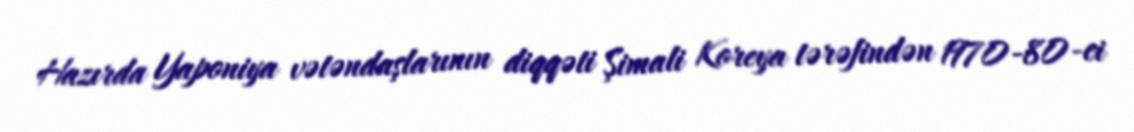
Hazırda Yaponiya vətəndaşlarının diqqəti Şimali Koreya tərəfindən 1970-80-ci